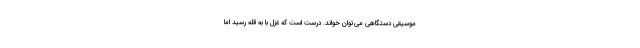
موسیقی دستگاهی می‌توان خواند. درست است که غزل با به قله رسید اما